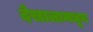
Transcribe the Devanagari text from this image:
देखालामधून